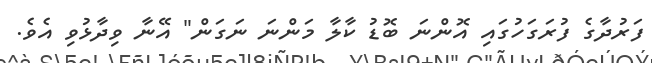
ފަރުދާގެ ފުރަގަހުގައި އޮންނަ ބޮޑު ކާލާ މަންނަ ނަގަން" އޭނާ ވިދާޅުވި އެވެ.